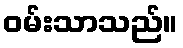
ဝမ်းသာသည်။